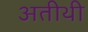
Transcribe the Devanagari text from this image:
अतीथी